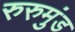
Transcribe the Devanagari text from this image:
रुरुमुंड